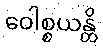
ဝေါစ္စယန္တိ